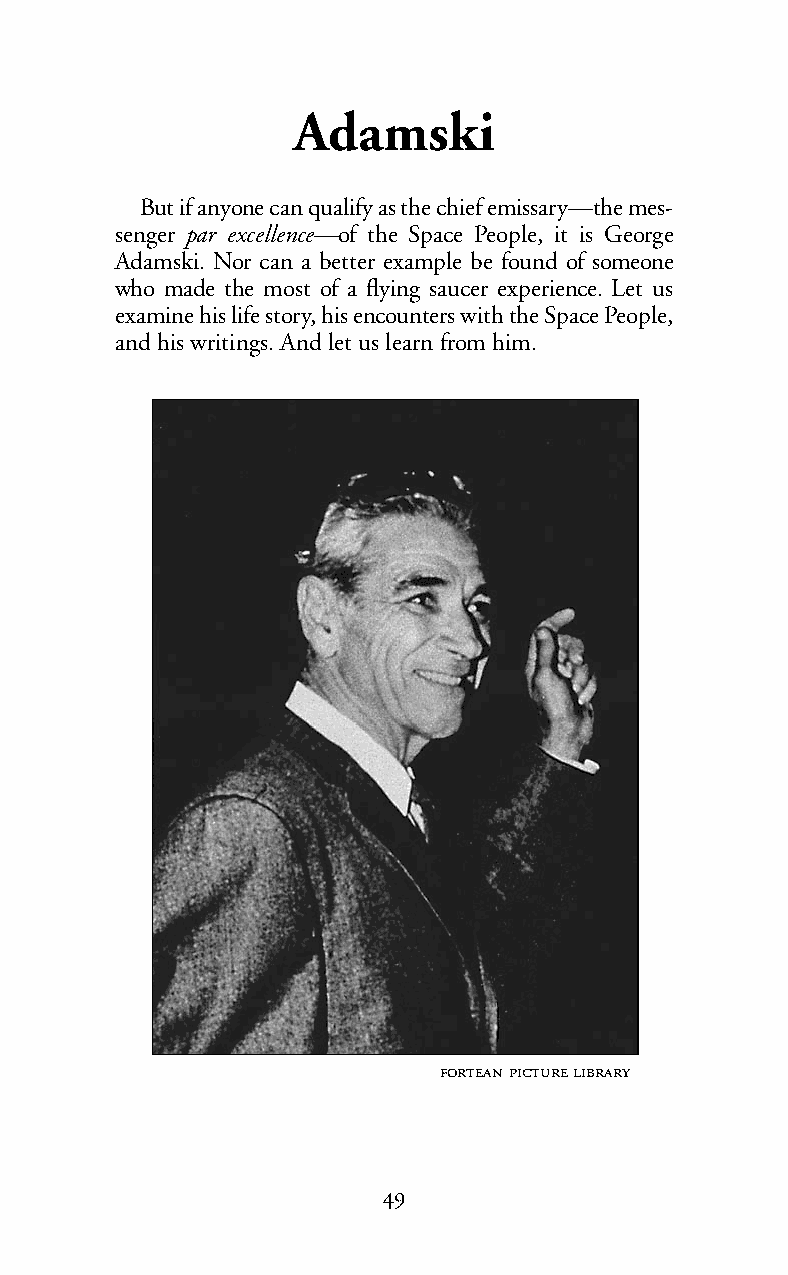
Adamski
 But if anyone can qualify as the chief emissary—the mes-
 senger par excellence—of the Space People, it is George
 Adamski. Nor can a better example be found of someone
 who made the most of a flying saucer experience. Let us
 examine his life story, his encounters with the Space People,
 and his writings. And let us learn from him.
   
 